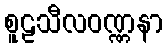
စူဠသီလဝဏ္ဏနာ